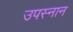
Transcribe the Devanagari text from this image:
उपस्नान